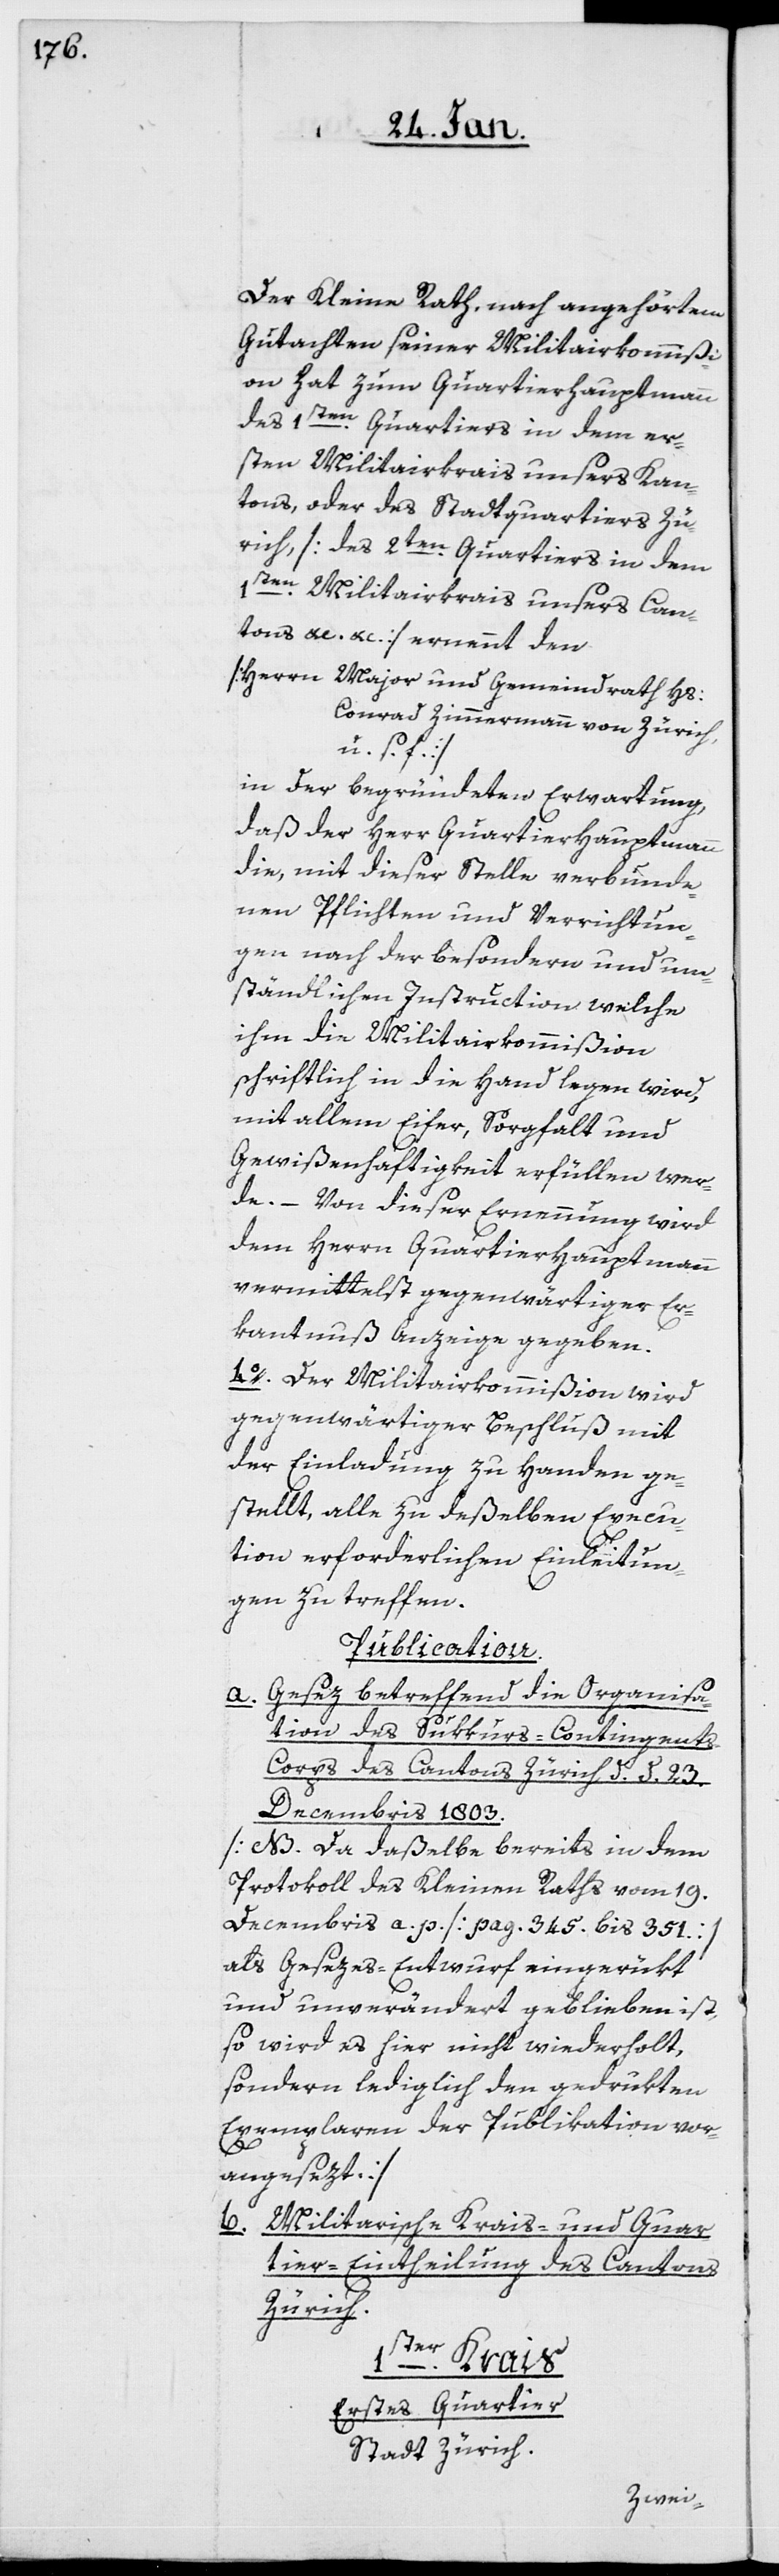
Der Kleine Rath, nach angehörtem
Gutachten seiner Militairkommißi¬
on, hat zum Quartierhauptmann
des 1sten. Quartiers in dem er¬
sten Militairkreis unsers Kan¬
tons, oder des Stadtquartiers Zü¬
rich, [des 2ten. Quartiers in dem
1sten. Militairkrais unsers Can¬
tons &c. &c.] ernennt den
[Herrn Major und Gemeindrath Hs.
Conrad Zimmermann von Zürich,
u. s. f.]
in der begründeten Erwartung,
daß der Herr Quartierhauptmann
die, mit dieser Stelle verbunde¬
nen Pflichten und Verrichtun¬
gen nach der besondern und um¬
ständlichen Instruction welche
ihm die Militairkommißion
schriftlich in die Hand legen wird,
mit allem Eifer, Sorgfalt und
Gewißenhaftigkeit erfüllen wer¬
de. – Von dieser Ernennung wird
dem Herrn Quartierhauptmann
vermittelst gegenwärtiger Er¬
kanntnuß Anzeige gegeben.
4o. Der Militairkommißion wird
gegenwärtiger Beschluß mit
der Einladung zu Handen ge¬
stellt, alle zu deßelben Execu¬
tion erforderlichen Einleitun¬
gen zu treffen.
Publication.
Gesez betreffend die Organisa¬
a.
tion des Sukkurs-Contingent¬
s-Corps des Cantons Zürich, d. d. 23.
Decembris 1803.
[NB. Da daßelbe bereits in dem
Protokoll des Kleinen Raths vom 19.
Decembris a. p. [pag. 345. bis 351.]
als Gesezes-Entwurf eingerükt
und unverändert geblieben ist,
so wird es hier nicht wiederholt,
sondern lediglich den gedrukten
Exemplaren der Publikation vor¬
angesezt.]
b. Militairische Krais- und Quar¬
tier-Eintheilung des Cantons
Zürich.
1ster. Krais.
Erstes Quartier.
Stadt Zürich.